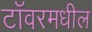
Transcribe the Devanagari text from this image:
टॉवरमधील